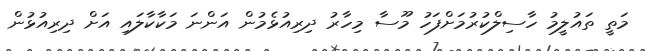
މަތީ ތައުލީމު ހާސިލްކުރުމަށްފަހު މޫސާ މިހާރު ދިރިއުޅެމުން އަންނަ މަކާކާލައި އަށް ދިރިއުޅުން